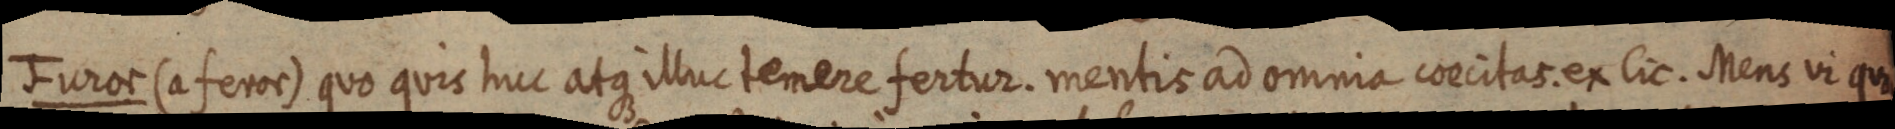
Furos (a feror) quo quis huc atque illuc temere fertur. mentis ad omnia concitas. ex lic. Mens vi quo